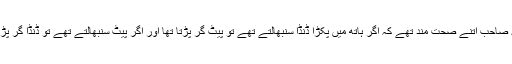
یہ صاحب اتنے صحت مند تھے کہ اگر ہاتھ میں پکڑا ڈنڈا سنبھالتے تھے تو پیٹ گر پڑتا تھا اور اگر پیٹ سنبھالتے تھے تو ڈنڈا گر پڑتا۔